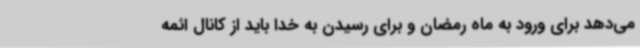
می‌دهد برای ورود به ماه رمضان و برای رسیدن به خدا باید از کانال ائمه